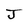
Character: J